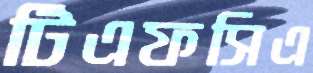
টিএফসিএ